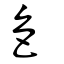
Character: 色